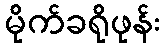
မိုက်ခရိုဖုန်း